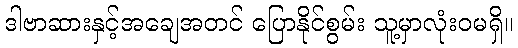
ဒါဗာဆားနှင့်အချေအတင် ပြောနိုင်စွမ်း သူ့မှာလုံးဝမရှိ။